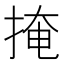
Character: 掩